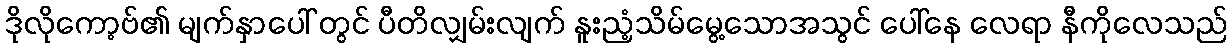
ဒိုလိုကော့ဗ်၏ မျက်နှာပေါ် တွင် ပီတိလျှမ်းလျက် နူးညံ့သိမ်မွေ့သောအသွင် ပေါ်နေ လေရာ နီကိုလေသည်